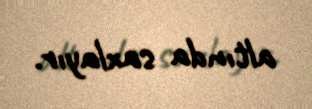
altında saxlayır.